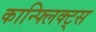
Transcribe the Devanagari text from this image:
कान्फ्लिक्ट्स